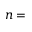
n =